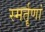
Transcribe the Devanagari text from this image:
स्मर्तॄणां